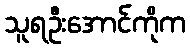
သူရဦးအောင်ကိုက